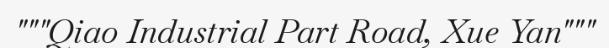
"""Qiao Industrial Part Road, Xue Yan"""